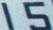
1 5